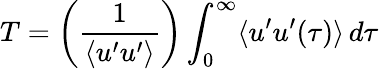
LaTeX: T=\left({\frac{1}{\langle u^{\prime}u^{\prime}\rangle}}\right)\int_{0}^{\infty}\langle u^{\prime}u^{\prime}(\tau)\rangle\, d\tau